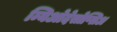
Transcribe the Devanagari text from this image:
म्यिओदेसोप्सिअ